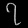
Digit: ၇